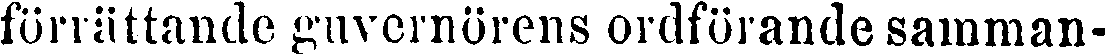
förrättande guvernörens ordförande samman-